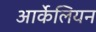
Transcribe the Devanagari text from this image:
आर्केलियन